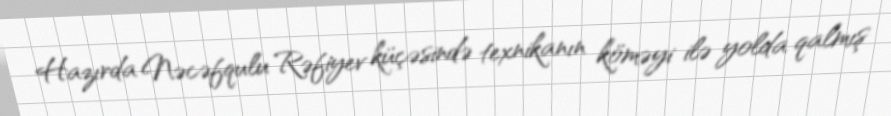
Hazırda Nəcəfqulu Rəfiyev küçəsində texnikanın köməyi ilə yolda qalmış